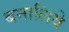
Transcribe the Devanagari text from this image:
बनालिये